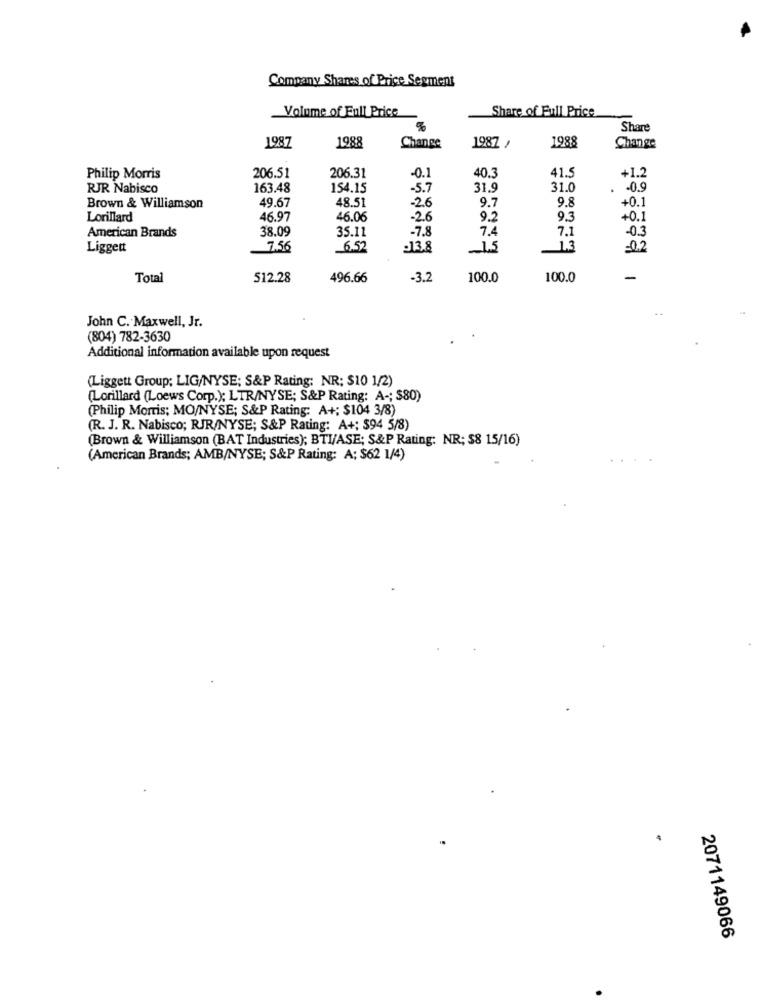
Company Shares of Price Segment
Volume of Full Price
Share of Full Price
Share
1988
1988
1987
Change
1987 ,
Change
206.31
41.5
Philip Morris
206.51
-0.1
40.3
+1.2
RJR Nabisco
163.48
154.15
-5.7
31.9
31.0
-0.9
-26
9.7
9.8
+0.1
Brown & Williamson
49.67
48.51
Lorillard
46.97
46.06
.26
9.2
9.3
+0.1
38.09
35.11
-7.8
7.4
7.1
-0.3
American Brands
Liggett
7.56
6.52
.13.8
1.3
-0.2
Total
512.28
496.66
-3.2
100.0
100.0
-
John C. Maxwell, Jr.
(804) 782-3630
Additional information available upon request
(Liggett Group; LIG/NYSE; S&P Rating: NR: $10 1/2)
(Lorillard (Loews Corp.); LTR/NYSE; S&P Rating: A -; $80)
(Philip Morris; MO/NYSE; S&P Rating: A+; $104 3/8)
(R. J. R. Nabisco; RJR/NYSE; S&P Rating: A+; $94 5/8)
(Brown & Williamson (BAT Industries); BTI/ASE; S&P Rating: NR; $8 15/16)
(American Brands; AMB/NYSE; S&P Rating: A: $62 1/4)
2071149066